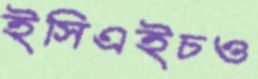
ইসিএইচও